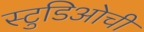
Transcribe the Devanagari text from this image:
स्टुडिओची